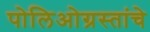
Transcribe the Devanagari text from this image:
पोलिओग्रस्तांचे